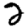
Digit: 2